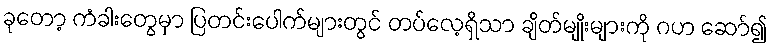
ခုတော့ ကံခါးတွေမှာ ပြတင်းပေါက်များတွင် တပ်လေ့ရှိသာ ချိတ်မျိုးများကို ဂဟ ဆော်၍